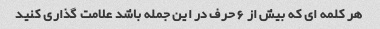
هر کلمه ای که بیش از 6 حرف در این جمله باشد علامت گذاری کنید